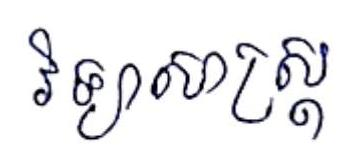
វិទ្យាសាស្ដ្រ